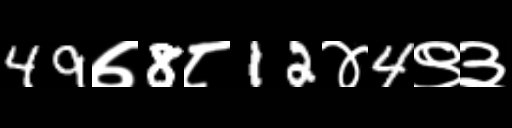
Text: 49७8८12४4९३